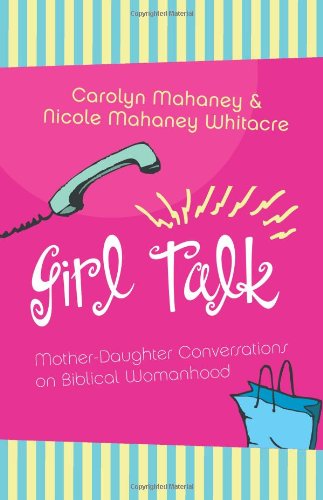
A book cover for Girl Talk: Mother-Daughter Conversations on Biblical Womanhood; Carolyn Mahaney; Parenting & Relationships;